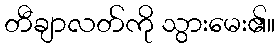
တီချာလတ်ကို သွားမေး၏။